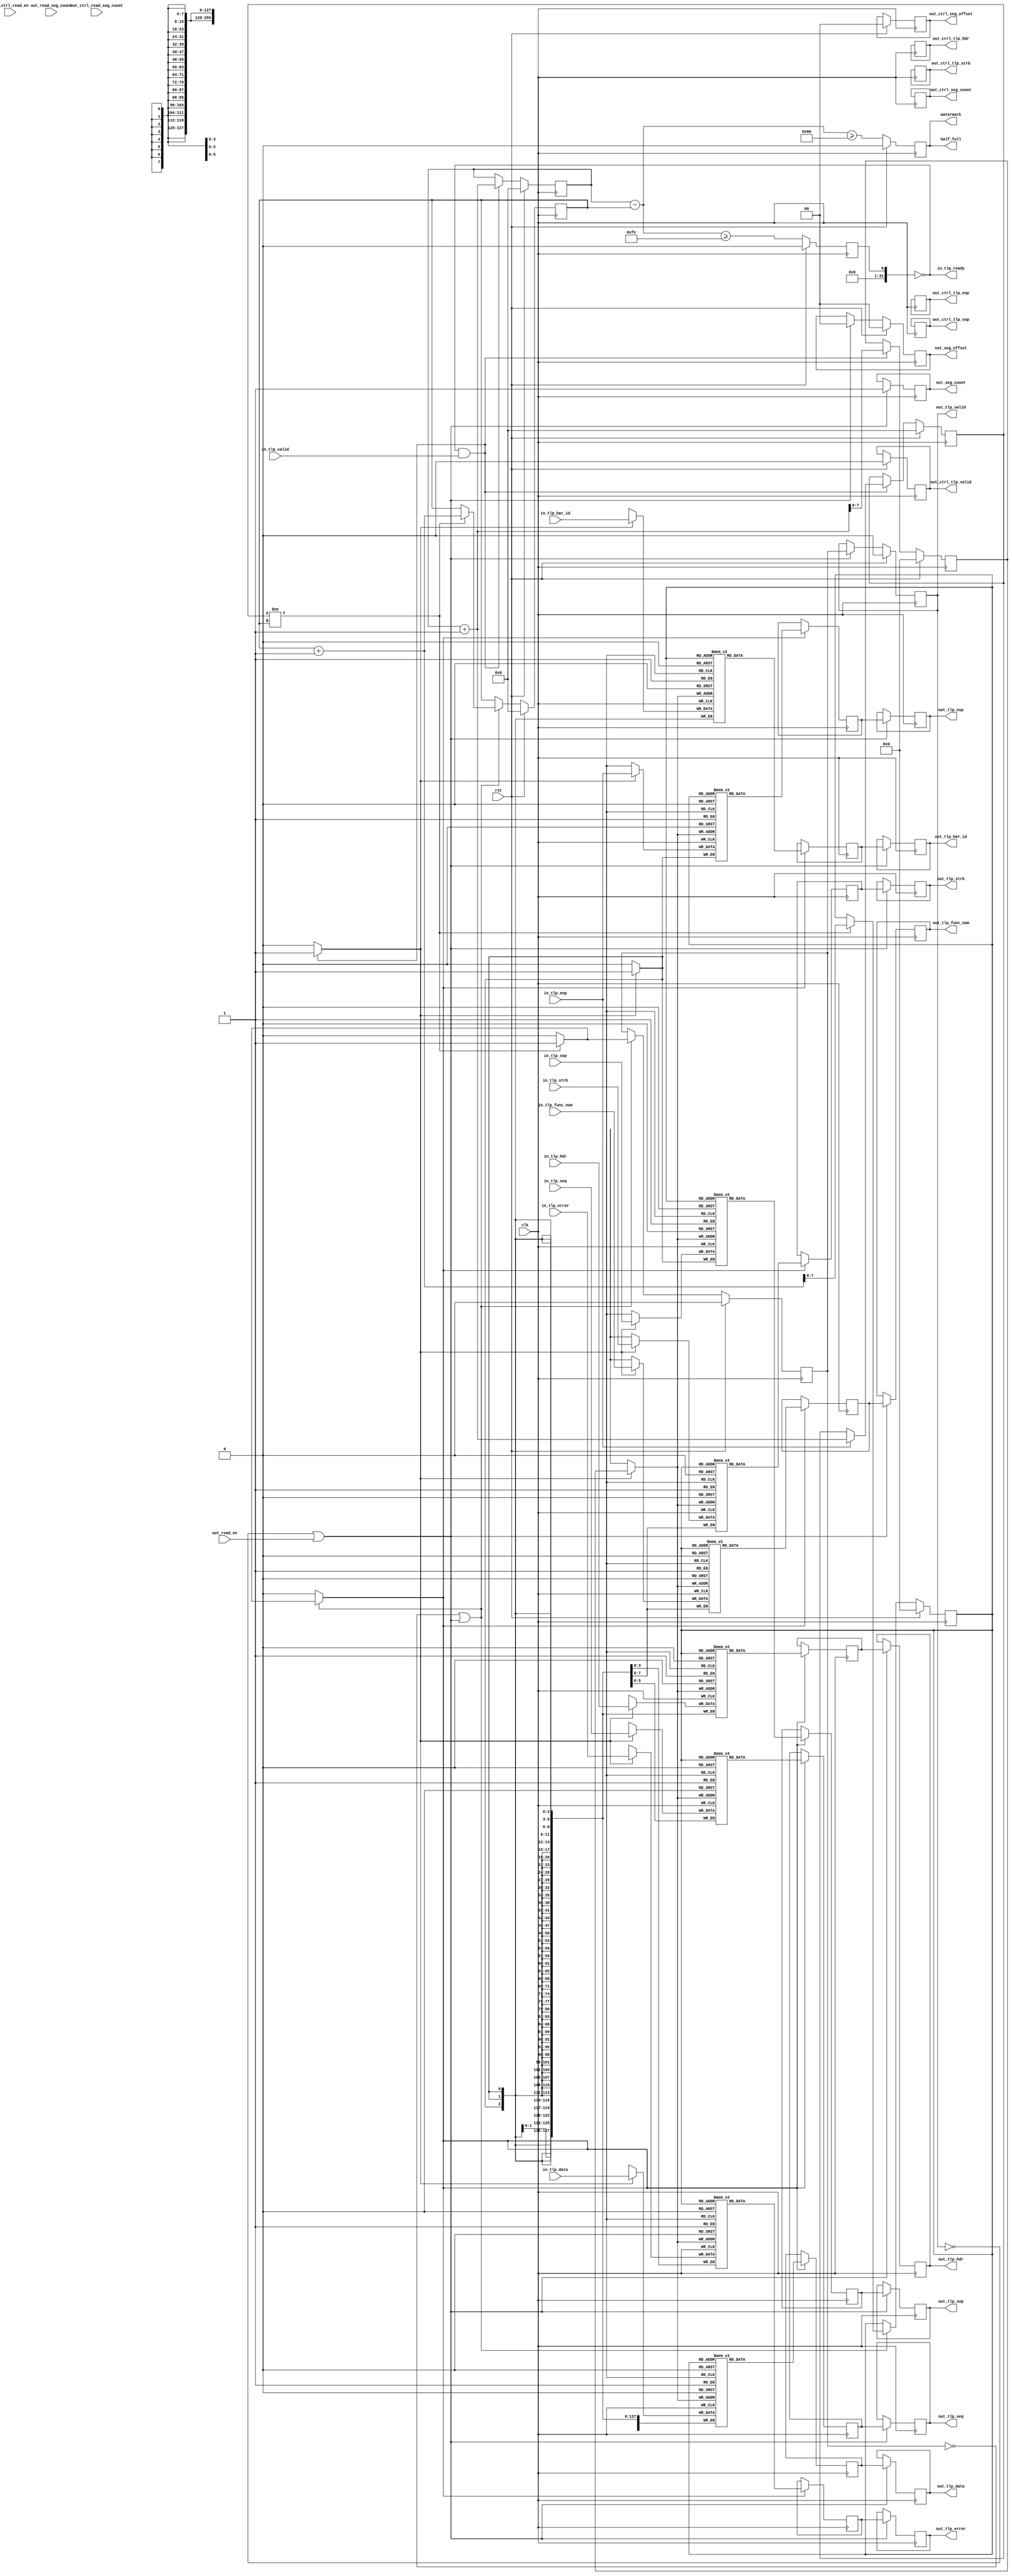
/*

Copyright (c) 2022 Alex Forencich

Permission is hereby granted, free of charge, to any person obtaining a copy
of this software and associated documentation files (the "Software"), to deal
in the Software without restriction, including without limitation the rights
to use, copy, modify, merge, publish, distribute, sublicense, and/or sell
copies of the Software, and to permit persons to whom the Software is
furnished to do so, subject to the following conditions:

The above copyright notice and this permission notice shall be included in
all copies or substantial portions of the Software.

THE SOFTWARE IS PROVIDED "AS IS", WITHOUT WARRANTY OF ANY KIND, EXPRESS OR
IMPLIED, INCLUDING BUT NOT LIMITED TO THE WARRANTIES OF MERCHANTABILITY
FITNESS FOR A PARTICULAR PURPOSE AND NONINFRINGEMENT. IN NO EVENT SHALL THE
AUTHORS OR COPYRIGHT HOLDERS BE LIABLE FOR ANY CLAIM, DAMAGES OR OTHER
LIABILITY, WHETHER IN AN ACTION OF CONTRACT, TORT OR OTHERWISE, ARISING FROM,
OUT OF OR IN CONNECTION WITH THE SOFTWARE OR THE USE OR OTHER DEALINGS IN
THE SOFTWARE.

*/

// Language: Verilog 2001

`resetall
`timescale 1ns / 1ps
`default_nettype none

/*
 * PCIe TLP FIFO (raw output)
 */
module pcie_tlp_fifo_raw #
(
    // FIFO depth
    parameter DEPTH = 2048,
    // TLP data width
    parameter TLP_DATA_WIDTH = 256,
    // TLP strobe width (input)
    parameter TLP_STRB_WIDTH = TLP_DATA_WIDTH/32,
    // TLP header width
    parameter TLP_HDR_WIDTH = 128,
    // Sequence number width
    parameter SEQ_NUM_WIDTH = 6,
    // TLP segment count (input)
    parameter IN_TLP_SEG_COUNT = 1,
    // TLP segment count (output)
    parameter OUT_TLP_SEG_COUNT = 1,
    // Segment select width
    parameter SEG_SEL_WIDTH = $clog2(OUT_TLP_SEG_COUNT),
    // Watermark level
    parameter WATERMARK = DEPTH/2,
    // Use control output
    parameter CTRL_OUT_EN = 0
)
(
    input  wire                                        clk,
    input  wire                                        rst,

    /*
     * TLP input
     */
    input  wire [TLP_DATA_WIDTH-1:0]                   in_tlp_data,
    input  wire [TLP_STRB_WIDTH-1:0]                   in_tlp_strb,
    input  wire [IN_TLP_SEG_COUNT*TLP_HDR_WIDTH-1:0]   in_tlp_hdr,
    input  wire [IN_TLP_SEG_COUNT*SEQ_NUM_WIDTH-1:0]   in_tlp_seq,
    input  wire [IN_TLP_SEG_COUNT*3-1:0]               in_tlp_bar_id,
    input  wire [IN_TLP_SEG_COUNT*8-1:0]               in_tlp_func_num,
    input  wire [IN_TLP_SEG_COUNT*4-1:0]               in_tlp_error,
    input  wire [IN_TLP_SEG_COUNT-1:0]                 in_tlp_valid,
    input  wire [IN_TLP_SEG_COUNT-1:0]                 in_tlp_sop,
    input  wire [IN_TLP_SEG_COUNT-1:0]                 in_tlp_eop,
    output wire                                        in_tlp_ready,

    /*
     * TLP output
     */
    output wire [TLP_DATA_WIDTH-1:0]                   out_tlp_data,
    output wire [TLP_STRB_WIDTH-1:0]                   out_tlp_strb,
    output wire [OUT_TLP_SEG_COUNT*TLP_HDR_WIDTH-1:0]  out_tlp_hdr,
    output wire [OUT_TLP_SEG_COUNT*SEQ_NUM_WIDTH-1:0]  out_tlp_seq,
    output wire [OUT_TLP_SEG_COUNT*3-1:0]              out_tlp_bar_id,
    output wire [OUT_TLP_SEG_COUNT*8-1:0]              out_tlp_func_num,
    output wire [OUT_TLP_SEG_COUNT*4-1:0]              out_tlp_error,
    output wire [OUT_TLP_SEG_COUNT-1:0]                out_tlp_valid,
    output wire [OUT_TLP_SEG_COUNT-1:0]                out_tlp_sop,
    output wire [OUT_TLP_SEG_COUNT-1:0]                out_tlp_eop,
    output wire [SEG_SEL_WIDTH-1:0]                    out_seg_offset,
    output wire [SEG_SEL_WIDTH+1-1:0]                  out_seg_count,
    input  wire                                        out_read_en,
    input  wire [SEG_SEL_WIDTH+1-1:0]                  out_read_seg_count,

    output wire [TLP_STRB_WIDTH-1:0]                   out_ctrl_tlp_strb,
    output wire [OUT_TLP_SEG_COUNT*TLP_HDR_WIDTH-1:0]  out_ctrl_tlp_hdr,
    output wire [OUT_TLP_SEG_COUNT-1:0]                out_ctrl_tlp_valid,
    output wire [OUT_TLP_SEG_COUNT-1:0]                out_ctrl_tlp_sop,
    output wire [OUT_TLP_SEG_COUNT-1:0]                out_ctrl_tlp_eop,
    output wire [SEG_SEL_WIDTH-1:0]                    out_ctrl_seg_offset,
    output wire [SEG_SEL_WIDTH+1-1:0]                  out_ctrl_seg_count,
    input  wire                                        out_ctrl_read_en,
    input  wire [SEG_SEL_WIDTH+1-1:0]                  out_ctrl_read_seg_count,

    /*
     * Status
     */
    output wire                                        half_full,
    output wire                                        watermark
);

parameter IN_TLP_SEG_DATA_WIDTH = TLP_DATA_WIDTH / IN_TLP_SEG_COUNT;
parameter IN_TLP_SEG_STRB_WIDTH = TLP_STRB_WIDTH / IN_TLP_SEG_COUNT;

parameter OUT_TLP_SEG_DATA_WIDTH = TLP_DATA_WIDTH / OUT_TLP_SEG_COUNT;
parameter OUT_TLP_SEG_STRB_WIDTH = TLP_STRB_WIDTH / OUT_TLP_SEG_COUNT;

parameter SEG_RATIO = OUT_TLP_SEG_COUNT / IN_TLP_SEG_COUNT;
parameter ADDR_WIDTH = $clog2(DEPTH/TLP_STRB_WIDTH);
parameter PTR_WIDTH = ADDR_WIDTH+SEG_SEL_WIDTH;

// check configuration
initial begin
    if (OUT_TLP_SEG_COUNT < IN_TLP_SEG_COUNT) begin
        $error("Error: Output segment count must be not be less than input segment count (instance %m)");
        $finish;
    end

    if (TLP_HDR_WIDTH != 128) begin
        $error("Error: TLP segment header width must be 128 (instance %m)");
        $finish;
    end

    if (TLP_STRB_WIDTH*32 != TLP_DATA_WIDTH) begin
        $error("Error: PCIe interface requires dword (32-bit) granularity (instance %m)");
        $finish;
    end
end

reg [PTR_WIDTH:0] wr_ptr_reg = 0, wr_ptr_next;
reg [PTR_WIDTH:0] wr_ptr_cur_reg = 0, wr_ptr_cur_next;
reg [PTR_WIDTH:0] rd_ptr_reg = 0, rd_ptr_next;
reg [PTR_WIDTH:0] rd_ptr_ctrl_reg = 0, rd_ptr_ctrl_next;

reg [OUT_TLP_SEG_COUNT-1:0] mem_rd_data_valid_reg = 0, mem_rd_data_valid_next;
reg [OUT_TLP_SEG_COUNT-1:0] ctrl_mem_rd_data_valid_reg = 0, ctrl_mem_rd_data_valid_next;

reg [TLP_DATA_WIDTH-1:0] int_tlp_data;
reg [TLP_STRB_WIDTH-1:0] int_tlp_strb;
reg [OUT_TLP_SEG_COUNT*TLP_HDR_WIDTH-1:0] int_tlp_hdr;
reg [OUT_TLP_SEG_COUNT*SEQ_NUM_WIDTH-1:0] int_tlp_seq;
reg [OUT_TLP_SEG_COUNT*3-1:0] int_tlp_bar_id;
reg [OUT_TLP_SEG_COUNT*8-1:0] int_tlp_func_num;
reg [OUT_TLP_SEG_COUNT*4-1:0] int_tlp_error;
reg [OUT_TLP_SEG_COUNT-1:0] int_tlp_valid;
reg [OUT_TLP_SEG_COUNT-1:0] int_tlp_sop;
reg [OUT_TLP_SEG_COUNT-1:0] int_tlp_eop;

reg [TLP_DATA_WIDTH-1:0] seg_mem_wr_data;
reg [TLP_STRB_WIDTH-1:0] seg_mem_wr_strb;
reg [OUT_TLP_SEG_COUNT*TLP_HDR_WIDTH-1:0] seg_mem_wr_hdr;
reg [OUT_TLP_SEG_COUNT*SEQ_NUM_WIDTH-1:0] seg_mem_wr_seq;
reg [OUT_TLP_SEG_COUNT*3-1:0] seg_mem_wr_bar_id;
reg [OUT_TLP_SEG_COUNT*8-1:0] seg_mem_wr_func_num;
reg [OUT_TLP_SEG_COUNT*4-1:0] seg_mem_wr_error;
reg [OUT_TLP_SEG_COUNT*1-1:0] seg_mem_wr_valid;
reg [OUT_TLP_SEG_COUNT*1-1:0] seg_mem_wr_sop;
reg [OUT_TLP_SEG_COUNT*1-1:0] seg_mem_wr_eop;
reg [OUT_TLP_SEG_COUNT*ADDR_WIDTH-1:0] seg_mem_wr_addr_reg = 0, seg_mem_wr_addr_next;
reg [OUT_TLP_SEG_COUNT-1:0] seg_mem_wr_en;
reg [OUT_TLP_SEG_COUNT*SEG_SEL_WIDTH-1:0] seg_mem_wr_sel;

wire [TLP_DATA_WIDTH-1:0] seg_mem_rd_data;
wire [TLP_STRB_WIDTH-1:0] seg_mem_rd_strb;
wire [OUT_TLP_SEG_COUNT*TLP_HDR_WIDTH-1:0] seg_mem_rd_hdr;
wire [OUT_TLP_SEG_COUNT*SEQ_NUM_WIDTH-1:0] seg_mem_rd_seq;
wire [OUT_TLP_SEG_COUNT*3-1:0] seg_mem_rd_bar_id;
wire [OUT_TLP_SEG_COUNT*8-1:0] seg_mem_rd_func_num;
wire [OUT_TLP_SEG_COUNT*4-1:0] seg_mem_rd_error;
wire [OUT_TLP_SEG_COUNT*1-1:0] seg_mem_rd_sop;
wire [OUT_TLP_SEG_COUNT*1-1:0] seg_mem_rd_eop;
reg [OUT_TLP_SEG_COUNT*ADDR_WIDTH-1:0] seg_mem_rd_addr_reg = 0, seg_mem_rd_addr_next;
reg [OUT_TLP_SEG_COUNT-1:0] seg_mem_rd_en;

wire [TLP_STRB_WIDTH-1:0] seg_ctrl_mem_rd_strb;
wire [OUT_TLP_SEG_COUNT*TLP_HDR_WIDTH-1:0] seg_ctrl_mem_rd_hdr;
wire [OUT_TLP_SEG_COUNT*1-1:0] seg_ctrl_mem_rd_sop;
wire [OUT_TLP_SEG_COUNT*1-1:0] seg_ctrl_mem_rd_eop;
reg [OUT_TLP_SEG_COUNT*ADDR_WIDTH-1:0] seg_ctrl_mem_rd_addr_reg = 0, seg_ctrl_mem_rd_addr_next;
reg [OUT_TLP_SEG_COUNT-1:0] seg_ctrl_mem_rd_en;

reg full_cur_reg = 1'b0;
reg half_full_reg = 1'b0;
reg watermark_reg = 1'b0;
reg [PTR_WIDTH:0] count_reg = 0;
reg full_cur_ctrl_reg = 1'b0;
reg half_full_ctrl_reg = 1'b0;
reg watermark_ctrl_reg = 1'b0;
reg [PTR_WIDTH:0] count_ctrl_reg = 0;

reg [TLP_DATA_WIDTH-1:0] out_tlp_data_reg = 0, out_tlp_data_next;
reg [TLP_STRB_WIDTH-1:0] out_tlp_strb_reg = 0, out_tlp_strb_next;
reg [OUT_TLP_SEG_COUNT*TLP_HDR_WIDTH-1:0] out_tlp_hdr_reg = 0, out_tlp_hdr_next;
reg [OUT_TLP_SEG_COUNT*SEQ_NUM_WIDTH-1:0] out_tlp_seq_reg = 0, out_tlp_seq_next;
reg [OUT_TLP_SEG_COUNT*3-1:0] out_tlp_bar_id_reg = 0, out_tlp_bar_id_next;
reg [OUT_TLP_SEG_COUNT*8-1:0] out_tlp_func_num_reg = 0, out_tlp_func_num_next;
reg [OUT_TLP_SEG_COUNT*4-1:0] out_tlp_error_reg = 0, out_tlp_error_next;
reg [OUT_TLP_SEG_COUNT-1:0] out_tlp_valid_reg = 0, out_tlp_valid_next;
reg [OUT_TLP_SEG_COUNT-1:0] out_tlp_sop_reg = 0, out_tlp_sop_next;
reg [OUT_TLP_SEG_COUNT-1:0] out_tlp_eop_reg = 0, out_tlp_eop_next;
reg [SEG_SEL_WIDTH-1:0] out_seg_offset_reg = 0, out_seg_offset_next;
reg [SEG_SEL_WIDTH+1-1:0] out_seg_count_reg = 0, out_seg_count_next;

reg [TLP_STRB_WIDTH-1:0] out_ctrl_tlp_strb_reg = 0, out_ctrl_tlp_strb_next;
reg [OUT_TLP_SEG_COUNT*TLP_HDR_WIDTH-1:0] out_ctrl_tlp_hdr_reg = 0, out_ctrl_tlp_hdr_next;
reg [OUT_TLP_SEG_COUNT-1:0] out_ctrl_tlp_valid_reg = 0, out_ctrl_tlp_valid_next;
reg [OUT_TLP_SEG_COUNT-1:0] out_ctrl_tlp_sop_reg = 0, out_ctrl_tlp_sop_next;
reg [OUT_TLP_SEG_COUNT-1:0] out_ctrl_tlp_eop_reg = 0, out_ctrl_tlp_eop_next;
reg [SEG_SEL_WIDTH-1:0] out_ctrl_seg_offset_reg = 0, out_ctrl_seg_offset_next;
reg [SEG_SEL_WIDTH+1-1:0] out_ctrl_seg_count_reg = 0, out_ctrl_seg_count_next;
reg [OUT_TLP_SEG_COUNT-1:0] out_ctrl_tlp_ready_int_reg = 0, out_ctrl_tlp_ready_int_next;

reg [TLP_STRB_WIDTH-1:0] temp_out_ctrl_tlp_strb_reg = 0, temp_out_ctrl_tlp_strb_next;
reg [OUT_TLP_SEG_COUNT*TLP_HDR_WIDTH-1:0] temp_out_ctrl_tlp_hdr_reg = 0, temp_out_ctrl_tlp_hdr_next;
reg [OUT_TLP_SEG_COUNT-1:0] temp_out_ctrl_tlp_valid_reg = 0, temp_out_ctrl_tlp_valid_next;
reg [OUT_TLP_SEG_COUNT-1:0] temp_out_ctrl_tlp_sop_reg = 0, temp_out_ctrl_tlp_sop_next;
reg [OUT_TLP_SEG_COUNT-1:0] temp_out_ctrl_tlp_eop_reg = 0, temp_out_ctrl_tlp_eop_next;

reg [TLP_STRB_WIDTH-1:0] pipe_out_ctrl_tlp_strb_reg = 0, pipe_out_ctrl_tlp_strb_next;
reg [OUT_TLP_SEG_COUNT*TLP_HDR_WIDTH-1:0] pipe_out_ctrl_tlp_hdr_reg = 0, pipe_out_ctrl_tlp_hdr_next;
reg [OUT_TLP_SEG_COUNT-1:0] pipe_out_ctrl_tlp_valid_reg = 0, pipe_out_ctrl_tlp_valid_next;
reg [OUT_TLP_SEG_COUNT-1:0] pipe_out_ctrl_tlp_sop_reg = 0, pipe_out_ctrl_tlp_sop_next;
reg [OUT_TLP_SEG_COUNT-1:0] pipe_out_ctrl_tlp_eop_reg = 0, pipe_out_ctrl_tlp_eop_next;

assign in_tlp_ready = !(full_cur_reg | (CTRL_OUT_EN ? full_cur_ctrl_reg : 0));

assign out_tlp_data = out_tlp_data_reg;
assign out_tlp_strb = out_tlp_strb_reg;
assign out_tlp_hdr = out_tlp_hdr_reg;
assign out_tlp_seq = out_tlp_seq_reg;
assign out_tlp_bar_id = out_tlp_bar_id_reg;
assign out_tlp_func_num = out_tlp_func_num_reg;
assign out_tlp_error = out_tlp_error_reg;
assign out_tlp_valid = out_tlp_valid_reg;
assign out_tlp_sop = out_tlp_sop_reg;
assign out_tlp_eop = out_tlp_eop_reg;
assign out_seg_offset = out_seg_offset_reg;
assign out_seg_count = out_seg_count_reg;

assign out_ctrl_tlp_strb = out_ctrl_tlp_strb_reg;
assign out_ctrl_tlp_hdr = out_ctrl_tlp_hdr_reg;
assign out_ctrl_tlp_valid = out_ctrl_tlp_valid_reg;
assign out_ctrl_tlp_sop = out_ctrl_tlp_sop_reg;
assign out_ctrl_tlp_eop = out_ctrl_tlp_eop_reg;
assign out_ctrl_seg_offset = out_ctrl_seg_offset_reg;
assign out_ctrl_seg_count = out_ctrl_seg_count_reg;

assign half_full = half_full_reg | (CTRL_OUT_EN ? half_full_ctrl_reg : 0);
assign watermark = watermark_reg | (CTRL_OUT_EN ? watermark_ctrl_reg : 0);

generate

genvar n;

for (n = 0; n < OUT_TLP_SEG_COUNT; n = n + 1) begin : seg_ram

    (* ram_style = "distributed", ramstyle = "no_rw_check, mlab" *)
    reg [OUT_TLP_SEG_DATA_WIDTH-1:0] seg_mem_data[2**ADDR_WIDTH-1:0];
    (* ram_style = "distributed", ramstyle = "no_rw_check, mlab" *)
    reg [OUT_TLP_SEG_STRB_WIDTH-1:0] seg_mem_strb[2**ADDR_WIDTH-1:0];
    (* ram_style = "distributed", ramstyle = "no_rw_check, mlab" *)
    reg [TLP_HDR_WIDTH-1:0] seg_mem_hdr[2**ADDR_WIDTH-1:0];
    (* ram_style = "distributed", ramstyle = "no_rw_check, mlab" *)
    reg [SEQ_NUM_WIDTH-1:0] seg_mem_seq[2**ADDR_WIDTH-1:0];
    (* ram_style = "distributed", ramstyle = "no_rw_check, mlab" *)
    reg [2:0] seg_mem_bar_id[2**ADDR_WIDTH-1:0];
    (* ram_style = "distributed", ramstyle = "no_rw_check, mlab" *)
    reg [7:0] seg_mem_func_num[2**ADDR_WIDTH-1:0];
    (* ram_style = "distributed", ramstyle = "no_rw_check, mlab" *)
    reg [3:0] seg_mem_error[2**ADDR_WIDTH-1:0];
    (* ram_style = "distributed", ramstyle = "no_rw_check, mlab" *)
    reg seg_mem_sop[2**ADDR_WIDTH-1:0];
    (* ram_style = "distributed", ramstyle = "no_rw_check, mlab" *)
    reg seg_mem_eop[2**ADDR_WIDTH-1:0];

    wire wr_en = seg_mem_wr_en[n];
    wire [ADDR_WIDTH-1:0] wr_addr = seg_mem_wr_addr_reg[n*ADDR_WIDTH +: ADDR_WIDTH];
    wire [OUT_TLP_SEG_DATA_WIDTH-1:0] wr_data = seg_mem_wr_data[n*OUT_TLP_SEG_DATA_WIDTH +: OUT_TLP_SEG_DATA_WIDTH];
    wire [OUT_TLP_SEG_STRB_WIDTH-1:0] wr_strb = seg_mem_wr_strb[n*OUT_TLP_SEG_STRB_WIDTH +: OUT_TLP_SEG_STRB_WIDTH];
    wire [TLP_HDR_WIDTH-1:0] wr_hdr = seg_mem_wr_hdr[n*TLP_HDR_WIDTH +: TLP_HDR_WIDTH];
    wire [SEQ_NUM_WIDTH-1:0] wr_seq = seg_mem_wr_seq[n*SEQ_NUM_WIDTH +: SEQ_NUM_WIDTH];
    wire [2:0] wr_bar_id = seg_mem_wr_bar_id[n*3 +: 3];
    wire [7:0] wr_func_num = seg_mem_wr_func_num[n*8 +: 8];
    wire [3:0] wr_error = seg_mem_wr_error[n*4 +: 4];
    wire wr_sop = seg_mem_wr_sop[n*1 +: 1];
    wire wr_eop = seg_mem_wr_eop[n*1 +: 1];

    wire rd_en = seg_mem_rd_en[n];
    wire [ADDR_WIDTH-1:0] rd_addr = seg_mem_rd_addr_reg[n*ADDR_WIDTH +: ADDR_WIDTH];
    reg [OUT_TLP_SEG_DATA_WIDTH-1:0] rd_data_reg = 0;
    reg [OUT_TLP_SEG_STRB_WIDTH-1:0] rd_strb_reg = 0;
    reg [TLP_HDR_WIDTH-1:0] rd_hdr_reg = 0;
    reg [SEQ_NUM_WIDTH-1:0] rd_seq_reg = 0;
    reg [2:0] rd_bar_id_reg = 0;
    reg [7:0] rd_func_num_reg = 0;
    reg [3:0] rd_error_reg = 0;
    reg rd_sop_reg = 0;
    reg rd_eop_reg = 0;

    assign seg_mem_rd_data[n*OUT_TLP_SEG_DATA_WIDTH +: OUT_TLP_SEG_DATA_WIDTH] = rd_data_reg;
    assign seg_mem_rd_strb[n*OUT_TLP_SEG_STRB_WIDTH +: OUT_TLP_SEG_STRB_WIDTH] = rd_strb_reg;
    assign seg_mem_rd_hdr[n*TLP_HDR_WIDTH +: TLP_HDR_WIDTH] = rd_hdr_reg;
    assign seg_mem_rd_seq[n*SEQ_NUM_WIDTH +: SEQ_NUM_WIDTH] = rd_seq_reg;
    assign seg_mem_rd_bar_id[n*3 +: 3] = rd_bar_id_reg;
    assign seg_mem_rd_func_num[n*8 +: 8] = rd_func_num_reg;
    assign seg_mem_rd_error[n*4 +: 4] = rd_error_reg;
    assign seg_mem_rd_sop[n*1 +: 1] = rd_sop_reg;
    assign seg_mem_rd_eop[n*1 +: 1] = rd_eop_reg;

    always @(posedge clk) begin
        if (wr_en) begin
            seg_mem_data[wr_addr] <= wr_data;
            seg_mem_strb[wr_addr] <= wr_strb;
            seg_mem_hdr[wr_addr] <= wr_hdr;
            seg_mem_seq[wr_addr] <= wr_seq;
            seg_mem_bar_id[wr_addr] <= wr_bar_id;
            seg_mem_func_num[wr_addr] <= wr_func_num;
            seg_mem_error[wr_addr] <= wr_error;
            seg_mem_sop[wr_addr] <= wr_sop;
            seg_mem_eop[wr_addr] <= wr_eop;
        end
    end

    always @(posedge clk) begin
        if (rd_en) begin
            rd_data_reg <= seg_mem_data[rd_addr];
            rd_strb_reg <= seg_mem_strb[rd_addr];
            rd_hdr_reg <= seg_mem_hdr[rd_addr];
            rd_seq_reg <= seg_mem_seq[rd_addr];
            rd_bar_id_reg <= seg_mem_bar_id[rd_addr];
            rd_func_num_reg <= seg_mem_func_num[rd_addr];
            rd_error_reg <= seg_mem_error[rd_addr];
            rd_sop_reg <= seg_mem_sop[rd_addr];
            rd_eop_reg <= seg_mem_eop[rd_addr];
        end
    end

    if (CTRL_OUT_EN) begin

        wire ctrl_rd_en = seg_ctrl_mem_rd_en[n];
        wire [ADDR_WIDTH-1:0] ctrl_rd_addr = seg_ctrl_mem_rd_addr_reg[n*ADDR_WIDTH +: ADDR_WIDTH];
        reg [OUT_TLP_SEG_STRB_WIDTH-1:0] ctrl_rd_strb_reg = 0;
        reg [TLP_HDR_WIDTH-1:0] ctrl_rd_hdr_reg = 0;
        reg ctrl_rd_sop_reg = 0;
        reg ctrl_rd_eop_reg = 0;

        assign seg_ctrl_mem_rd_strb[n*OUT_TLP_SEG_STRB_WIDTH +: OUT_TLP_SEG_STRB_WIDTH] = ctrl_rd_strb_reg;
        assign seg_ctrl_mem_rd_hdr[n*TLP_HDR_WIDTH +: TLP_HDR_WIDTH] = ctrl_rd_hdr_reg;
        assign seg_ctrl_mem_rd_sop[n*1 +: 1] = ctrl_rd_sop_reg;
        assign seg_ctrl_mem_rd_eop[n*1 +: 1] = ctrl_rd_eop_reg;

        always @(posedge clk) begin
            if (ctrl_rd_en) begin
                ctrl_rd_strb_reg <= seg_mem_strb[ctrl_rd_addr];
                ctrl_rd_hdr_reg <= seg_mem_hdr[ctrl_rd_addr];
                ctrl_rd_sop_reg <= seg_mem_sop[ctrl_rd_addr];
                ctrl_rd_eop_reg <= seg_mem_eop[ctrl_rd_addr];
            end
        end

    end

end

endgenerate

// limits
always @(posedge clk) begin
    full_cur_reg <= $unsigned(wr_ptr_cur_reg - rd_ptr_reg) >= DEPTH/TLP_STRB_WIDTH*OUT_TLP_SEG_COUNT-OUT_TLP_SEG_COUNT*2;
    half_full_reg <= $unsigned(wr_ptr_cur_reg - rd_ptr_reg) >= DEPTH/TLP_STRB_WIDTH*OUT_TLP_SEG_COUNT/2;
    watermark_reg <= $unsigned(wr_ptr_cur_reg - rd_ptr_reg) >= WATERMARK/TLP_STRB_WIDTH*OUT_TLP_SEG_COUNT;
    full_cur_ctrl_reg <= $unsigned(wr_ptr_cur_reg - rd_ptr_ctrl_reg) >= DEPTH/TLP_STRB_WIDTH*OUT_TLP_SEG_COUNT-OUT_TLP_SEG_COUNT*2;
    half_full_ctrl_reg <= $unsigned(wr_ptr_cur_reg - rd_ptr_ctrl_reg) >= DEPTH/TLP_STRB_WIDTH*OUT_TLP_SEG_COUNT/2;
    watermark_ctrl_reg <= $unsigned(wr_ptr_cur_reg - rd_ptr_ctrl_reg) >= WATERMARK/TLP_STRB_WIDTH*OUT_TLP_SEG_COUNT;

    if (rst) begin
        full_cur_reg <= 1'b0;
        half_full_reg <= 1'b0;
        watermark_reg <= 1'b0;
        full_cur_ctrl_reg <= 1'b0;
        half_full_ctrl_reg <= 1'b0;
        watermark_ctrl_reg <= 1'b0;
    end
end

// Split input segments
integer si, so;

always @* begin
    int_tlp_data = in_tlp_data;
    int_tlp_strb = in_tlp_strb;
    if (IN_TLP_SEG_COUNT != OUT_TLP_SEG_COUNT) begin
        for (si = 0; si < IN_TLP_SEG_COUNT; si = si + 1) begin
            int_tlp_hdr[si*TLP_HDR_WIDTH*SEG_RATIO +: TLP_HDR_WIDTH*SEG_RATIO] = in_tlp_hdr[si*TLP_HDR_WIDTH +: TLP_HDR_WIDTH];
            int_tlp_seq[si*SEQ_NUM_WIDTH*SEG_RATIO +: SEQ_NUM_WIDTH*SEG_RATIO] = in_tlp_seq[si*SEQ_NUM_WIDTH +: SEQ_NUM_WIDTH];
            int_tlp_bar_id[si*3*SEG_RATIO +: 3*SEG_RATIO] = in_tlp_bar_id[si*3 +: 3];
            int_tlp_func_num[si*8*SEG_RATIO +: 8*SEG_RATIO] = in_tlp_func_num[si*8 +: 8];
            int_tlp_error[si*4*SEG_RATIO +: 4*SEG_RATIO] = in_tlp_error[si*4 +: 4];
            int_tlp_valid[si*SEG_RATIO +: SEG_RATIO] = in_tlp_valid[si +: 1];
            int_tlp_sop[si*SEG_RATIO +: SEG_RATIO] = in_tlp_sop[si +: 1];
            int_tlp_eop[si*SEG_RATIO +: SEG_RATIO] = in_tlp_eop[si +: 1];
            for (so = 0; so < SEG_RATIO; so = so + 1) begin
                if (in_tlp_strb[si*IN_TLP_SEG_STRB_WIDTH+so*OUT_TLP_SEG_STRB_WIDTH +: OUT_TLP_SEG_STRB_WIDTH]) begin
                    int_tlp_valid[si*SEG_RATIO+so] = in_tlp_valid[si +: 1];
                    int_tlp_eop[si*SEG_RATIO +: SEG_RATIO] = in_tlp_eop[si +: 1] << so;
                end
            end
        end
    end else begin
        int_tlp_hdr = in_tlp_hdr;
        int_tlp_seq = in_tlp_seq;
        int_tlp_bar_id = in_tlp_bar_id;
        int_tlp_func_num = in_tlp_func_num;
        int_tlp_error = in_tlp_error;
        int_tlp_valid = in_tlp_valid;
        int_tlp_sop = in_tlp_sop;
        int_tlp_eop = in_tlp_eop;
    end
end

// Write logic
integer seg;
reg [SEG_SEL_WIDTH+1-1:0] seg_count;
reg [SEG_SEL_WIDTH-1:0] cur_seg;
reg [SEG_SEL_WIDTH-1:0] eop_seg;

always @* begin
    wr_ptr_next = wr_ptr_reg;
    wr_ptr_cur_next = wr_ptr_cur_reg;

    if (OUT_TLP_SEG_COUNT > 1) begin
        // pack segments
        seg_mem_wr_valid = 0;
        seg_mem_wr_sel = 0;
        cur_seg = wr_ptr_cur_reg[SEG_SEL_WIDTH-1:0];
        eop_seg = 0;
        seg_count = 0;
        for (seg = 0; seg < OUT_TLP_SEG_COUNT; seg = seg + 1) begin
            if (int_tlp_valid[seg]) begin
                seg_mem_wr_valid[cur_seg +: 1] = 1'b1;
                seg_mem_wr_sel[cur_seg*SEG_SEL_WIDTH +: SEG_SEL_WIDTH] = seg;
                cur_seg = cur_seg + 1;
                if (int_tlp_eop[seg]) begin
                    eop_seg = seg_count;
                end
                seg_count = seg_count + 1;
            end
        end

        for (seg = 0; seg < OUT_TLP_SEG_COUNT; seg = seg + 1) begin
            seg_mem_wr_data[seg*OUT_TLP_SEG_DATA_WIDTH +: OUT_TLP_SEG_DATA_WIDTH] = int_tlp_data[seg_mem_wr_sel[seg*SEG_SEL_WIDTH +: SEG_SEL_WIDTH]*OUT_TLP_SEG_DATA_WIDTH +: OUT_TLP_SEG_DATA_WIDTH];
            seg_mem_wr_strb[seg*OUT_TLP_SEG_STRB_WIDTH +: OUT_TLP_SEG_STRB_WIDTH] = int_tlp_strb[seg_mem_wr_sel[seg*SEG_SEL_WIDTH +: SEG_SEL_WIDTH]*OUT_TLP_SEG_STRB_WIDTH +: OUT_TLP_SEG_STRB_WIDTH];
            seg_mem_wr_hdr[seg*TLP_HDR_WIDTH +: TLP_HDR_WIDTH] = int_tlp_hdr[seg_mem_wr_sel[seg*SEG_SEL_WIDTH +: SEG_SEL_WIDTH]*TLP_HDR_WIDTH +: TLP_HDR_WIDTH];
            seg_mem_wr_seq[seg*SEQ_NUM_WIDTH +: SEQ_NUM_WIDTH] = int_tlp_seq[seg_mem_wr_sel[seg*SEG_SEL_WIDTH +: SEG_SEL_WIDTH]*SEQ_NUM_WIDTH +: SEQ_NUM_WIDTH];
            seg_mem_wr_bar_id[seg*3 +: 3] = int_tlp_bar_id[seg_mem_wr_sel[seg*SEG_SEL_WIDTH +: SEG_SEL_WIDTH]*3 +: 3];
            seg_mem_wr_func_num[seg*8 +: 8] = int_tlp_func_num[seg_mem_wr_sel[seg*SEG_SEL_WIDTH +: SEG_SEL_WIDTH]*8 +: 8];
            seg_mem_wr_error[seg*4 +: 4] = int_tlp_error[seg_mem_wr_sel[seg*SEG_SEL_WIDTH +: SEG_SEL_WIDTH]*4 +: 4];
            seg_mem_wr_sop[seg +: 1] = int_tlp_sop[seg_mem_wr_sel[seg*SEG_SEL_WIDTH +: SEG_SEL_WIDTH] +: 1];
            seg_mem_wr_eop[seg +: 1] = int_tlp_eop[seg_mem_wr_sel[seg*SEG_SEL_WIDTH +: SEG_SEL_WIDTH] +: 1];
        end
    end else begin
        seg_mem_wr_data = in_tlp_data;
        seg_mem_wr_strb = in_tlp_strb;
        seg_mem_wr_hdr = in_tlp_hdr;
        seg_mem_wr_seq = in_tlp_seq;
        seg_mem_wr_bar_id = in_tlp_bar_id;
        seg_mem_wr_func_num = in_tlp_func_num;
        seg_mem_wr_error = in_tlp_error;
        seg_mem_wr_sop = in_tlp_sop;
        seg_mem_wr_eop = in_tlp_eop;
    end

    seg_mem_wr_addr_next = seg_mem_wr_addr_reg;
    seg_mem_wr_en = 0;

    if (in_tlp_ready && in_tlp_valid) begin
        // transfer in
        if (OUT_TLP_SEG_COUNT == 1) begin
            seg_mem_wr_en = 1'b1;
            wr_ptr_cur_next = wr_ptr_cur_reg + 1;
            seg_mem_wr_addr_next = wr_ptr_cur_next;
            if (in_tlp_eop) begin
                // end of frame
                wr_ptr_next = wr_ptr_cur_next;
            end
        end else begin
            seg_mem_wr_en = seg_mem_wr_valid;
            wr_ptr_cur_next = wr_ptr_cur_reg + seg_count;
            for (seg = 0; seg < OUT_TLP_SEG_COUNT; seg = seg + 1) begin
                seg_mem_wr_addr_next[seg*ADDR_WIDTH +: ADDR_WIDTH] = (wr_ptr_cur_next + (OUT_TLP_SEG_COUNT-1 - seg)) >> SEG_SEL_WIDTH;
            end
            if (in_tlp_eop & in_tlp_valid) begin
                // end of frame
                if (IN_TLP_SEG_COUNT > 1) begin
                    wr_ptr_next = wr_ptr_cur_reg + eop_seg + 1;
                end else begin
                    wr_ptr_next = wr_ptr_cur_next;
                end
            end
        end
    end
end

always @(posedge clk) begin
    wr_ptr_reg <= wr_ptr_next;
    wr_ptr_cur_reg <= wr_ptr_cur_next;

    seg_mem_wr_addr_reg <= seg_mem_wr_addr_next;

    if (rst) begin
        wr_ptr_reg <= 0;
        wr_ptr_cur_reg <= 0;

        seg_mem_wr_addr_reg <= 0;
    end
end

// Read logic
integer rd_seg;
reg [SEG_SEL_WIDTH-1:0] cur_rd_seg;
reg rd_valid;

always @* begin
    rd_ptr_next = rd_ptr_reg;
    rd_ptr_ctrl_next = rd_ptr_ctrl_reg;

    mem_rd_data_valid_next = mem_rd_data_valid_reg;
    ctrl_mem_rd_data_valid_next = ctrl_mem_rd_data_valid_reg;

    out_tlp_data_next = out_tlp_data_reg;
    out_tlp_strb_next = out_tlp_strb_reg;
    out_tlp_hdr_next = out_tlp_hdr_reg;
    out_tlp_seq_next = out_tlp_seq_reg;
    out_tlp_bar_id_next = out_tlp_bar_id_reg;
    out_tlp_func_num_next = out_tlp_func_num_reg;
    out_tlp_error_next = out_tlp_error_reg;
    out_tlp_valid_next = out_tlp_valid_reg;
    out_tlp_sop_next = out_tlp_sop_reg;
    out_tlp_eop_next = out_tlp_eop_reg;
    out_seg_offset_next = out_seg_offset_reg;
    out_seg_count_next = out_seg_count_reg;

    out_ctrl_tlp_strb_next = out_ctrl_tlp_strb_reg;
    out_ctrl_tlp_hdr_next = out_ctrl_tlp_hdr_reg;
    out_ctrl_tlp_valid_next = out_ctrl_tlp_valid_reg;
    out_ctrl_tlp_sop_next = out_ctrl_tlp_sop_reg;
    out_ctrl_tlp_eop_next = out_ctrl_tlp_eop_reg;
    out_ctrl_seg_offset_next = out_ctrl_seg_offset_reg;
    out_ctrl_seg_count_next = out_ctrl_seg_count_reg;
    out_ctrl_tlp_ready_int_next = out_ctrl_tlp_ready_int_reg;

    temp_out_ctrl_tlp_strb_next = temp_out_ctrl_tlp_strb_reg;
    temp_out_ctrl_tlp_hdr_next = temp_out_ctrl_tlp_hdr_reg;
    temp_out_ctrl_tlp_valid_next = temp_out_ctrl_tlp_valid_reg;
    temp_out_ctrl_tlp_sop_next = temp_out_ctrl_tlp_sop_reg;
    temp_out_ctrl_tlp_eop_next = temp_out_ctrl_tlp_eop_reg;

    pipe_out_ctrl_tlp_strb_next = pipe_out_ctrl_tlp_strb_reg;
    pipe_out_ctrl_tlp_hdr_next = pipe_out_ctrl_tlp_hdr_reg;
    pipe_out_ctrl_tlp_valid_next = pipe_out_ctrl_tlp_valid_reg;
    pipe_out_ctrl_tlp_sop_next = pipe_out_ctrl_tlp_sop_reg;
    pipe_out_ctrl_tlp_eop_next = pipe_out_ctrl_tlp_eop_reg;

    seg_mem_rd_addr_next = seg_mem_rd_addr_reg;
    seg_mem_rd_en = 0;
    seg_ctrl_mem_rd_addr_next = seg_ctrl_mem_rd_addr_reg;
    seg_ctrl_mem_rd_en = 0;

    if (OUT_TLP_SEG_COUNT == 1) begin
        if (!out_tlp_valid || out_read_en) begin
            out_tlp_data_next = seg_mem_rd_data;
            out_tlp_strb_next = seg_mem_rd_strb;
            out_tlp_hdr_next = seg_mem_rd_hdr;
            out_tlp_seq_next = seg_mem_rd_seq;
            out_tlp_bar_id_next = seg_mem_rd_bar_id;
            out_tlp_func_num_next = seg_mem_rd_func_num;
            out_tlp_error_next = seg_mem_rd_error;
            out_tlp_valid_next = mem_rd_data_valid_reg;
            out_tlp_sop_next = seg_mem_rd_sop;
            out_tlp_eop_next = seg_mem_rd_eop;
            out_seg_offset_next = 0;
            out_seg_count_next = 1;
        end

        if (!mem_rd_data_valid_reg || (!out_tlp_valid || out_read_en)) begin
            if (wr_ptr_reg != rd_ptr_reg) begin
                seg_mem_rd_en = 1'b1;
                mem_rd_data_valid_next = 1'b1;
                rd_ptr_next = rd_ptr_reg + 1;
                seg_mem_rd_addr_next = rd_ptr_next;
            end else begin
                mem_rd_data_valid_next = 1'b0;
            end
        end

        if (CTRL_OUT_EN) begin
            if (!out_ctrl_tlp_valid || out_ctrl_read_en) begin
                out_ctrl_tlp_strb_next = seg_ctrl_mem_rd_strb;
                out_ctrl_tlp_hdr_next = seg_ctrl_mem_rd_hdr;
                out_ctrl_tlp_valid_next = ctrl_mem_rd_data_valid_reg;
                out_ctrl_tlp_sop_next = seg_ctrl_mem_rd_sop;
                out_ctrl_tlp_eop_next = seg_ctrl_mem_rd_eop;
                out_ctrl_seg_offset_next = 0;
                out_ctrl_seg_count_next = 1;
            end

            if (!ctrl_mem_rd_data_valid_reg || (!out_ctrl_tlp_valid || out_ctrl_read_en)) begin
                if (wr_ptr_reg != rd_ptr_ctrl_reg) begin
                    seg_ctrl_mem_rd_en = 1'b1;
                    ctrl_mem_rd_data_valid_next = 1'b1;
                    rd_ptr_ctrl_next = rd_ptr_ctrl_reg + 1;
                    seg_ctrl_mem_rd_addr_next = rd_ptr_ctrl_next;
                end else begin
                    ctrl_mem_rd_data_valid_next = 1'b0;
                end
            end
        end
    end else begin
        // invalidate segments
        cur_rd_seg = out_seg_offset_reg;
        rd_valid = 1;
        if (out_read_en) begin
            for (rd_seg = 0; rd_seg < OUT_TLP_SEG_COUNT; rd_seg = rd_seg + 1) begin
                if (out_tlp_valid_reg[cur_rd_seg] && rd_seg < out_read_seg_count && rd_valid) begin
                    out_tlp_valid_next[cur_rd_seg] = 1'b0;
                    out_seg_offset_next = cur_rd_seg + 1;
                end else begin
                    rd_valid = 0;
                end
                cur_rd_seg = cur_rd_seg + 1;
            end
        end

        // register segments
        out_seg_count_next = 0;
        for (rd_seg = 0; rd_seg < OUT_TLP_SEG_COUNT; rd_seg = rd_seg + 1) begin
            if (!out_tlp_valid_next[rd_seg]) begin
                out_tlp_data_next[rd_seg*OUT_TLP_SEG_DATA_WIDTH +: OUT_TLP_SEG_DATA_WIDTH] = seg_mem_rd_data[rd_seg*OUT_TLP_SEG_DATA_WIDTH +: OUT_TLP_SEG_DATA_WIDTH];
                out_tlp_strb_next[rd_seg*OUT_TLP_SEG_STRB_WIDTH +: OUT_TLP_SEG_STRB_WIDTH] = seg_mem_rd_strb[rd_seg*OUT_TLP_SEG_STRB_WIDTH +: OUT_TLP_SEG_STRB_WIDTH];
                out_tlp_hdr_next[rd_seg*TLP_HDR_WIDTH +: TLP_HDR_WIDTH] = seg_mem_rd_hdr[rd_seg*TLP_HDR_WIDTH +: TLP_HDR_WIDTH];
                out_tlp_seq_next[rd_seg*SEQ_NUM_WIDTH +: SEQ_NUM_WIDTH] = seg_mem_rd_seq[rd_seg*SEQ_NUM_WIDTH +: SEQ_NUM_WIDTH];
                out_tlp_bar_id_next[rd_seg*3 +: 3] = seg_mem_rd_bar_id[rd_seg*3 +: 3];
                out_tlp_func_num_next[rd_seg*8 +: 8] = seg_mem_rd_func_num[rd_seg*8 +: 8];
                out_tlp_error_next[rd_seg*4 +: 4] = seg_mem_rd_error[rd_seg*4 +: 4];
                out_tlp_valid_next[rd_seg +: 1] = mem_rd_data_valid_reg[rd_seg +: 1];
                out_tlp_sop_next[rd_seg +: 1] = seg_mem_rd_sop[rd_seg +: 1];
                out_tlp_eop_next[rd_seg +: 1] = seg_mem_rd_eop[rd_seg +: 1];
                mem_rd_data_valid_next[rd_seg +: 1] = 1'b0;
            end

            if (out_tlp_valid_next[rd_seg]) begin
                out_seg_count_next = out_seg_count_next + 1;
            end
        end

        // read segments
        cur_rd_seg = rd_ptr_reg[SEG_SEL_WIDTH-1:0];
        rd_valid = 1;
        for (rd_seg = 0; rd_seg < OUT_TLP_SEG_COUNT; rd_seg = rd_seg + 1) begin
            if (!mem_rd_data_valid_next[cur_rd_seg] && count_reg > rd_seg && rd_valid) begin
                rd_ptr_next = rd_ptr_reg + rd_seg+1;
                seg_mem_rd_en[cur_rd_seg] = 1'b1;
                seg_mem_rd_addr_next[cur_rd_seg*ADDR_WIDTH +: ADDR_WIDTH] = ((rd_ptr_reg + rd_seg) >> SEG_SEL_WIDTH) + 1;
                mem_rd_data_valid_next[cur_rd_seg] = 1'b1;
            end else begin
                rd_valid = 0;
            end
            cur_rd_seg = cur_rd_seg + 1;
        end

        if (CTRL_OUT_EN) begin
            // invalidate segments
            cur_rd_seg = out_ctrl_seg_offset_reg;
            rd_valid = 1;
            if (out_ctrl_read_en) begin
                for (rd_seg = 0; rd_seg < OUT_TLP_SEG_COUNT; rd_seg = rd_seg + 1) begin
                    if (out_ctrl_tlp_valid_reg[cur_rd_seg] && rd_seg < out_ctrl_read_seg_count && rd_valid) begin
                        out_ctrl_tlp_valid_next[cur_rd_seg] = 1'b0;
                        out_ctrl_seg_offset_next = cur_rd_seg + 1;
                    end else begin
                        rd_valid = 0;
                    end
                    cur_rd_seg = cur_rd_seg + 1;
                end
            end

            // skid buffer
            out_ctrl_seg_count_next = 0;
            for (rd_seg = 0; rd_seg < OUT_TLP_SEG_COUNT; rd_seg = rd_seg + 1) begin
                out_ctrl_tlp_ready_int_next[rd_seg] = !out_ctrl_tlp_valid_next[rd_seg] || (!temp_out_ctrl_tlp_valid_reg[rd_seg] && (!out_ctrl_tlp_valid_reg[rd_seg] || !pipe_out_ctrl_tlp_valid_reg[rd_seg +: 1]));

                if (out_ctrl_tlp_ready_int_reg[rd_seg]) begin
                    if (!out_ctrl_tlp_valid_next[rd_seg] || !out_ctrl_tlp_valid_reg[rd_seg]) begin
                        if (pipe_out_ctrl_tlp_valid_reg[rd_seg +: 1]) begin
                            out_ctrl_tlp_strb_next[rd_seg*OUT_TLP_SEG_STRB_WIDTH +: OUT_TLP_SEG_STRB_WIDTH] = pipe_out_ctrl_tlp_strb_reg[rd_seg*OUT_TLP_SEG_STRB_WIDTH +: OUT_TLP_SEG_STRB_WIDTH];
                            out_ctrl_tlp_hdr_next[rd_seg*TLP_HDR_WIDTH +: TLP_HDR_WIDTH] = pipe_out_ctrl_tlp_hdr_reg[rd_seg*TLP_HDR_WIDTH +: TLP_HDR_WIDTH];
                            out_ctrl_tlp_valid_next[rd_seg +: 1] = pipe_out_ctrl_tlp_valid_reg[rd_seg +: 1];
                            out_ctrl_tlp_sop_next[rd_seg +: 1] = pipe_out_ctrl_tlp_sop_reg[rd_seg +: 1];
                            out_ctrl_tlp_eop_next[rd_seg +: 1] = pipe_out_ctrl_tlp_eop_reg[rd_seg +: 1];
                        end
                    end else begin
                        if (pipe_out_ctrl_tlp_valid_reg[rd_seg +: 1]) begin
                            temp_out_ctrl_tlp_strb_next[rd_seg*OUT_TLP_SEG_STRB_WIDTH +: OUT_TLP_SEG_STRB_WIDTH] = pipe_out_ctrl_tlp_strb_reg[rd_seg*OUT_TLP_SEG_STRB_WIDTH +: OUT_TLP_SEG_STRB_WIDTH];
                            temp_out_ctrl_tlp_hdr_next[rd_seg*TLP_HDR_WIDTH +: TLP_HDR_WIDTH] = pipe_out_ctrl_tlp_hdr_reg[rd_seg*TLP_HDR_WIDTH +: TLP_HDR_WIDTH];
                            temp_out_ctrl_tlp_valid_next[rd_seg +: 1] = pipe_out_ctrl_tlp_valid_reg[rd_seg +: 1];
                            temp_out_ctrl_tlp_sop_next[rd_seg +: 1] = pipe_out_ctrl_tlp_sop_reg[rd_seg +: 1];
                            temp_out_ctrl_tlp_eop_next[rd_seg +: 1] = pipe_out_ctrl_tlp_eop_reg[rd_seg +: 1];
                        end
                    end
                end else if (!out_ctrl_tlp_valid_next[rd_seg]) begin
                    if (temp_out_ctrl_tlp_valid_reg[rd_seg +: 1]) begin
                        out_ctrl_tlp_strb_next[rd_seg*OUT_TLP_SEG_STRB_WIDTH +: OUT_TLP_SEG_STRB_WIDTH] = temp_out_ctrl_tlp_strb_reg[rd_seg*OUT_TLP_SEG_STRB_WIDTH +: OUT_TLP_SEG_STRB_WIDTH];
                        out_ctrl_tlp_hdr_next[rd_seg*TLP_HDR_WIDTH +: TLP_HDR_WIDTH] = temp_out_ctrl_tlp_hdr_reg[rd_seg*TLP_HDR_WIDTH +: TLP_HDR_WIDTH];
                        out_ctrl_tlp_valid_next[rd_seg +: 1] = temp_out_ctrl_tlp_valid_reg[rd_seg +: 1];
                        out_ctrl_tlp_sop_next[rd_seg +: 1] = temp_out_ctrl_tlp_sop_reg[rd_seg +: 1];
                        out_ctrl_tlp_eop_next[rd_seg +: 1] = temp_out_ctrl_tlp_eop_reg[rd_seg +: 1];
                        temp_out_ctrl_tlp_valid_next[rd_seg +: 1] = 1'b0;
                    end
                end

                if (out_ctrl_tlp_valid_next[rd_seg]) begin
                    out_ctrl_seg_count_next = out_ctrl_seg_count_next + 1;
                end
            end

            // register segments (RAM output pipeline)
            for (rd_seg = 0; rd_seg < OUT_TLP_SEG_COUNT; rd_seg = rd_seg + 1) begin
                if (out_ctrl_tlp_ready_int_reg[rd_seg] || !pipe_out_ctrl_tlp_valid_reg[rd_seg +: 1]) begin
                    pipe_out_ctrl_tlp_strb_next[rd_seg*OUT_TLP_SEG_STRB_WIDTH +: OUT_TLP_SEG_STRB_WIDTH] = seg_ctrl_mem_rd_strb[rd_seg*OUT_TLP_SEG_STRB_WIDTH +: OUT_TLP_SEG_STRB_WIDTH];
                    pipe_out_ctrl_tlp_hdr_next[rd_seg*TLP_HDR_WIDTH +: TLP_HDR_WIDTH] = seg_ctrl_mem_rd_hdr[rd_seg*TLP_HDR_WIDTH +: TLP_HDR_WIDTH];
                    pipe_out_ctrl_tlp_valid_next[rd_seg +: 1] = ctrl_mem_rd_data_valid_reg[rd_seg +: 1];
                    pipe_out_ctrl_tlp_sop_next[rd_seg +: 1] = seg_ctrl_mem_rd_sop[rd_seg +: 1];
                    pipe_out_ctrl_tlp_eop_next[rd_seg +: 1] = seg_ctrl_mem_rd_eop[rd_seg +: 1];
                    ctrl_mem_rd_data_valid_next[rd_seg +: 1] = 1'b0;
                end
            end

            // read segments (RAM read)
            cur_rd_seg = rd_ptr_ctrl_reg[SEG_SEL_WIDTH-1:0];
            rd_valid = 1;
            for (rd_seg = 0; rd_seg < OUT_TLP_SEG_COUNT; rd_seg = rd_seg + 1) begin
                if (!ctrl_mem_rd_data_valid_next[cur_rd_seg] && count_ctrl_reg > rd_seg && rd_valid) begin
                    rd_ptr_ctrl_next = rd_ptr_ctrl_reg + rd_seg+1;
                    seg_ctrl_mem_rd_en[cur_rd_seg] = 1'b1;
                    seg_ctrl_mem_rd_addr_next[cur_rd_seg*ADDR_WIDTH +: ADDR_WIDTH] = ((rd_ptr_ctrl_reg + rd_seg) >> SEG_SEL_WIDTH) + 1;
                    ctrl_mem_rd_data_valid_next[cur_rd_seg] = 1'b1;
                end else begin
                    rd_valid = 0;
                end
                cur_rd_seg = cur_rd_seg + 1;
            end
        end
    end
end

always @(posedge clk) begin
    rd_ptr_reg <= rd_ptr_next;
    rd_ptr_ctrl_reg <= rd_ptr_ctrl_next;
    count_reg <= wr_ptr_next - rd_ptr_next;
    count_ctrl_reg <= wr_ptr_next - rd_ptr_ctrl_next;

    seg_mem_rd_addr_reg <= seg_mem_rd_addr_next;
    seg_ctrl_mem_rd_addr_reg <= seg_ctrl_mem_rd_addr_next;

    mem_rd_data_valid_reg <= mem_rd_data_valid_next;
    ctrl_mem_rd_data_valid_reg <= ctrl_mem_rd_data_valid_next;

    out_tlp_data_reg <= out_tlp_data_next;
    out_tlp_strb_reg <= out_tlp_strb_next;
    out_tlp_hdr_reg <= out_tlp_hdr_next;
    out_tlp_seq_reg <= out_tlp_seq_next;
    out_tlp_bar_id_reg <= out_tlp_bar_id_next;
    out_tlp_func_num_reg <= out_tlp_func_num_next;
    out_tlp_error_reg <= out_tlp_error_next;
    out_tlp_valid_reg <= out_tlp_valid_next;
    out_tlp_sop_reg <= out_tlp_sop_next;
    out_tlp_eop_reg <= out_tlp_eop_next;
    out_seg_offset_reg <= out_seg_offset_next;
    out_seg_count_reg <= out_seg_count_next;

    out_ctrl_tlp_strb_reg <= out_ctrl_tlp_strb_next;
    out_ctrl_tlp_hdr_reg <= out_ctrl_tlp_hdr_next;
    out_ctrl_tlp_valid_reg <= out_ctrl_tlp_valid_next;
    out_ctrl_tlp_sop_reg <= out_ctrl_tlp_sop_next;
    out_ctrl_tlp_eop_reg <= out_ctrl_tlp_eop_next;
    out_ctrl_seg_offset_reg <= out_ctrl_seg_offset_next;
    out_ctrl_seg_count_reg <= out_ctrl_seg_count_next;
    out_ctrl_tlp_ready_int_reg <= out_ctrl_tlp_ready_int_next;

    temp_out_ctrl_tlp_strb_reg <= temp_out_ctrl_tlp_strb_next;
    temp_out_ctrl_tlp_hdr_reg <= temp_out_ctrl_tlp_hdr_next;
    temp_out_ctrl_tlp_valid_reg <= temp_out_ctrl_tlp_valid_next;
    temp_out_ctrl_tlp_sop_reg <= temp_out_ctrl_tlp_sop_next;
    temp_out_ctrl_tlp_eop_reg <= temp_out_ctrl_tlp_eop_next;

    pipe_out_ctrl_tlp_strb_reg <= pipe_out_ctrl_tlp_strb_next;
    pipe_out_ctrl_tlp_hdr_reg <= pipe_out_ctrl_tlp_hdr_next;
    pipe_out_ctrl_tlp_valid_reg <= pipe_out_ctrl_tlp_valid_next;
    pipe_out_ctrl_tlp_sop_reg <= pipe_out_ctrl_tlp_sop_next;
    pipe_out_ctrl_tlp_eop_reg <= pipe_out_ctrl_tlp_eop_next;

    if (rst) begin
        rd_ptr_reg <= 0;
        rd_ptr_ctrl_reg <= 0;
        count_reg <= 0;
        count_ctrl_reg <= 0;

        seg_mem_rd_addr_reg <= 0;
        seg_ctrl_mem_rd_addr_reg <= 0;

        mem_rd_data_valid_reg <= 0;
        ctrl_mem_rd_data_valid_reg <= 0;

        out_tlp_valid_reg <= 0;
        out_seg_offset_reg <= 0;

        out_ctrl_tlp_valid_reg <= 0;
        out_ctrl_seg_offset_reg <= 0;
        out_ctrl_tlp_ready_int_reg <= 0;
        temp_out_ctrl_tlp_valid_reg <= 0;
        pipe_out_ctrl_tlp_valid_reg <= 0;
    end
end

endmodule

`resetall